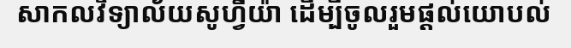
សាកលវិទ្យាល័យសូហ្វីយ៉ា ដើម្បីចូលរួមផ្តល់យោបល់